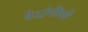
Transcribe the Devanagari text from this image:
वेदांगौंको